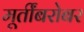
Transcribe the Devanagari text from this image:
मूर्तींबरोबर